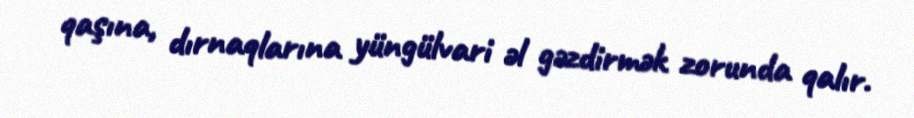
qaşına, dırnaqlarına yüngülvari əl gəzdirmək zorunda qalır.